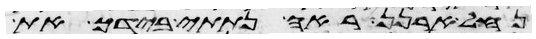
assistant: נחל ארנן ראה נתתי בידך את